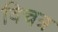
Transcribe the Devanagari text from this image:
विचत्र